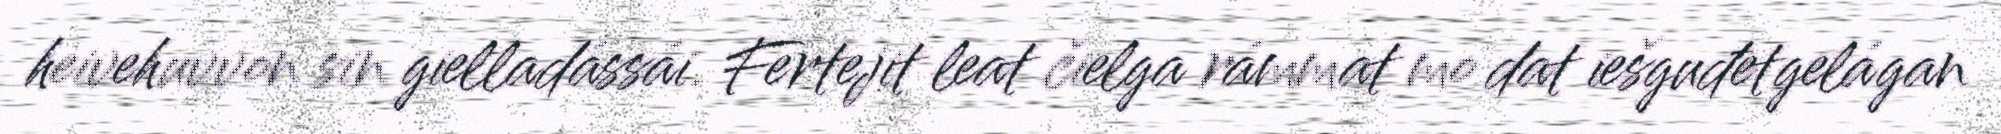
heivehuvvon sin gielladássái. Fertejit leat čielga rámmat mo dat iešguđetgelágan